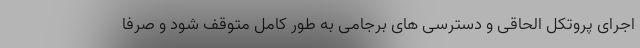
اجرای پروتکل الحاقی و دسترسی های برجامی به طور کامل متوقف شود و صرفا